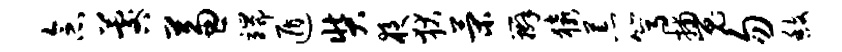
念晷兼端遁奘夜狄策辫猿荒篙捕嵬勿馥